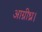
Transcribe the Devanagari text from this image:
आग्नीध्र।